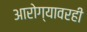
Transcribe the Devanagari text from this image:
आरोग्यावरही